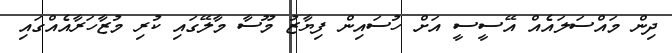
ދިން މައްސަލައެއް އޭސީސީ އަށް ހުސައިން ފިޔާޒު މޫސާ މާލޭގައި ކުރި މުޒާހަރާއެއްގައި